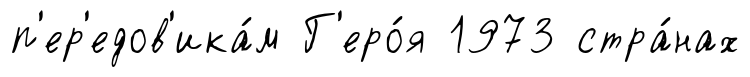
п'ер'едов'ика́м Г'еро́я 1973 стра́нах